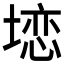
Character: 𱗨